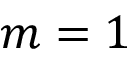
m = 1